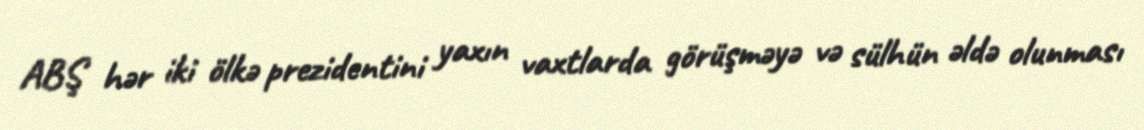
ABŞ hər iki ölkə prezidentini yaxın vaxtlarda görüşməyə və sülhün əldə olunması